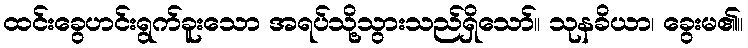
ထင်းခွေဟင်းရွက်ခူးသော အရပ်သို့သွားသည်ရှိသော်။ သုနခိယာ၊ ခွေးမ၏။